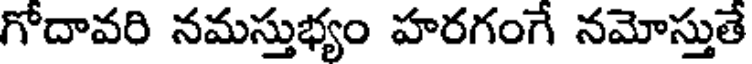
గోదావరి నమస్తుభ్యం హరగంగే నమోస్తుతే